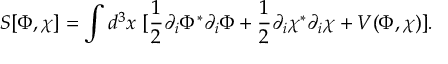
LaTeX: S [ \Phi , \chi ] = \int d ^ { 3 } x \ [ \frac { 1 } { 2 } \partial _ { i } \Phi ^ { * } \partial _ { i } \Phi + \frac { 1 } { 2 } \partial _ { i } \chi ^ { * } \partial _ { i } \chi + V ( \Phi , \chi ) ] .